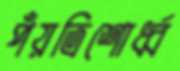
পঁয়ত্রিশোর্ধ্ব